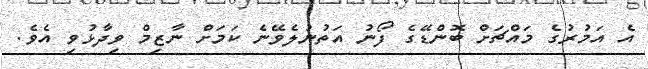
އެ އަމުރުގެ މައްޗަށް ބޮންޑޭގެ ފޯނު އަތުނުލެވޭނެ ކަމަށް ނާޒިމް ވިދާޅުވި އެވެ.